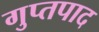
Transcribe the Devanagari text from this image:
गुप्तपाद